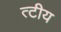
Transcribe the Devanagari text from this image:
त्टीय